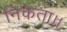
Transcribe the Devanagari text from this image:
निकेता।।